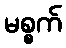
မစ္စက်